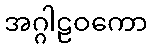
အဂ္ဂါဠဝကော